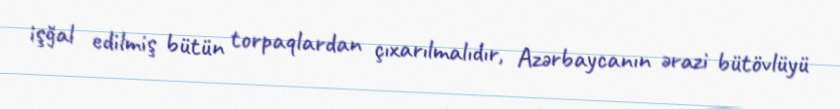
işğal edilmiş bütün torpaqlardan çıxarılmalıdır, Azərbaycanın ərazi bütövlüyü